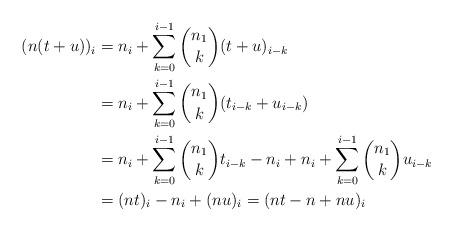
LaTeX: \begin{align*} (n(t+u))_i&=n_i+\sum_{k=0}^{i-1}\binom{n_1}{k}(t+u)_{i-k}\\ &=n_i+\sum_{k=0}^{i-1}\binom{n_1}{k}(t_{i-k}+u_{i-k})\\ &=n_i+\sum_{k=0}^{i-1}\binom{n_1}{k}t_{i-k}-n_i+n_i+\sum_{k=0}^{i-1}\binom{n_1}{k}u_{i-k}\\ &=(nt)_i-n_i+(nu)_i=(nt-n+nu)_i \end{align*}